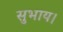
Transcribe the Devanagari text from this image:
सुभाय।